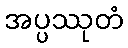
အပ္ပဿုတံ